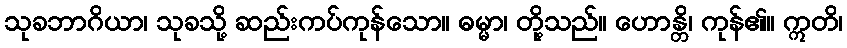
သုခဘာဂိယာ၊ သုခသို့ ဆည်းကပ်ကုန်သော။ ဓမ္မာ၊ တို့သည်။ ဟောန္တိ၊ ကုန်၏။ ဣတိ၊